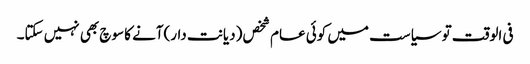
فی الوقت تو سیاست میں کوئی عام شخص (دیانت دار)آنے کا سوچ بھی نہیں سکتا۔